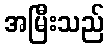
အမြီးသည်